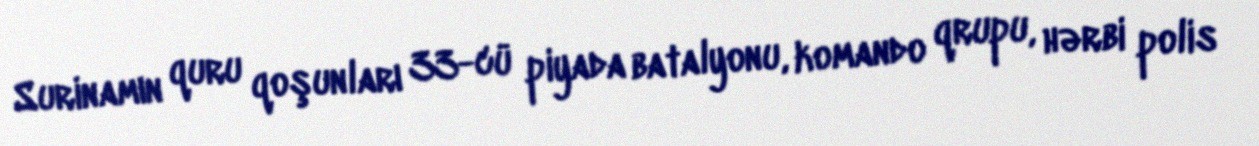
Surinamın quru qoşunları 33-cü piyada batalyonu, komando qrupu, hərbi polis